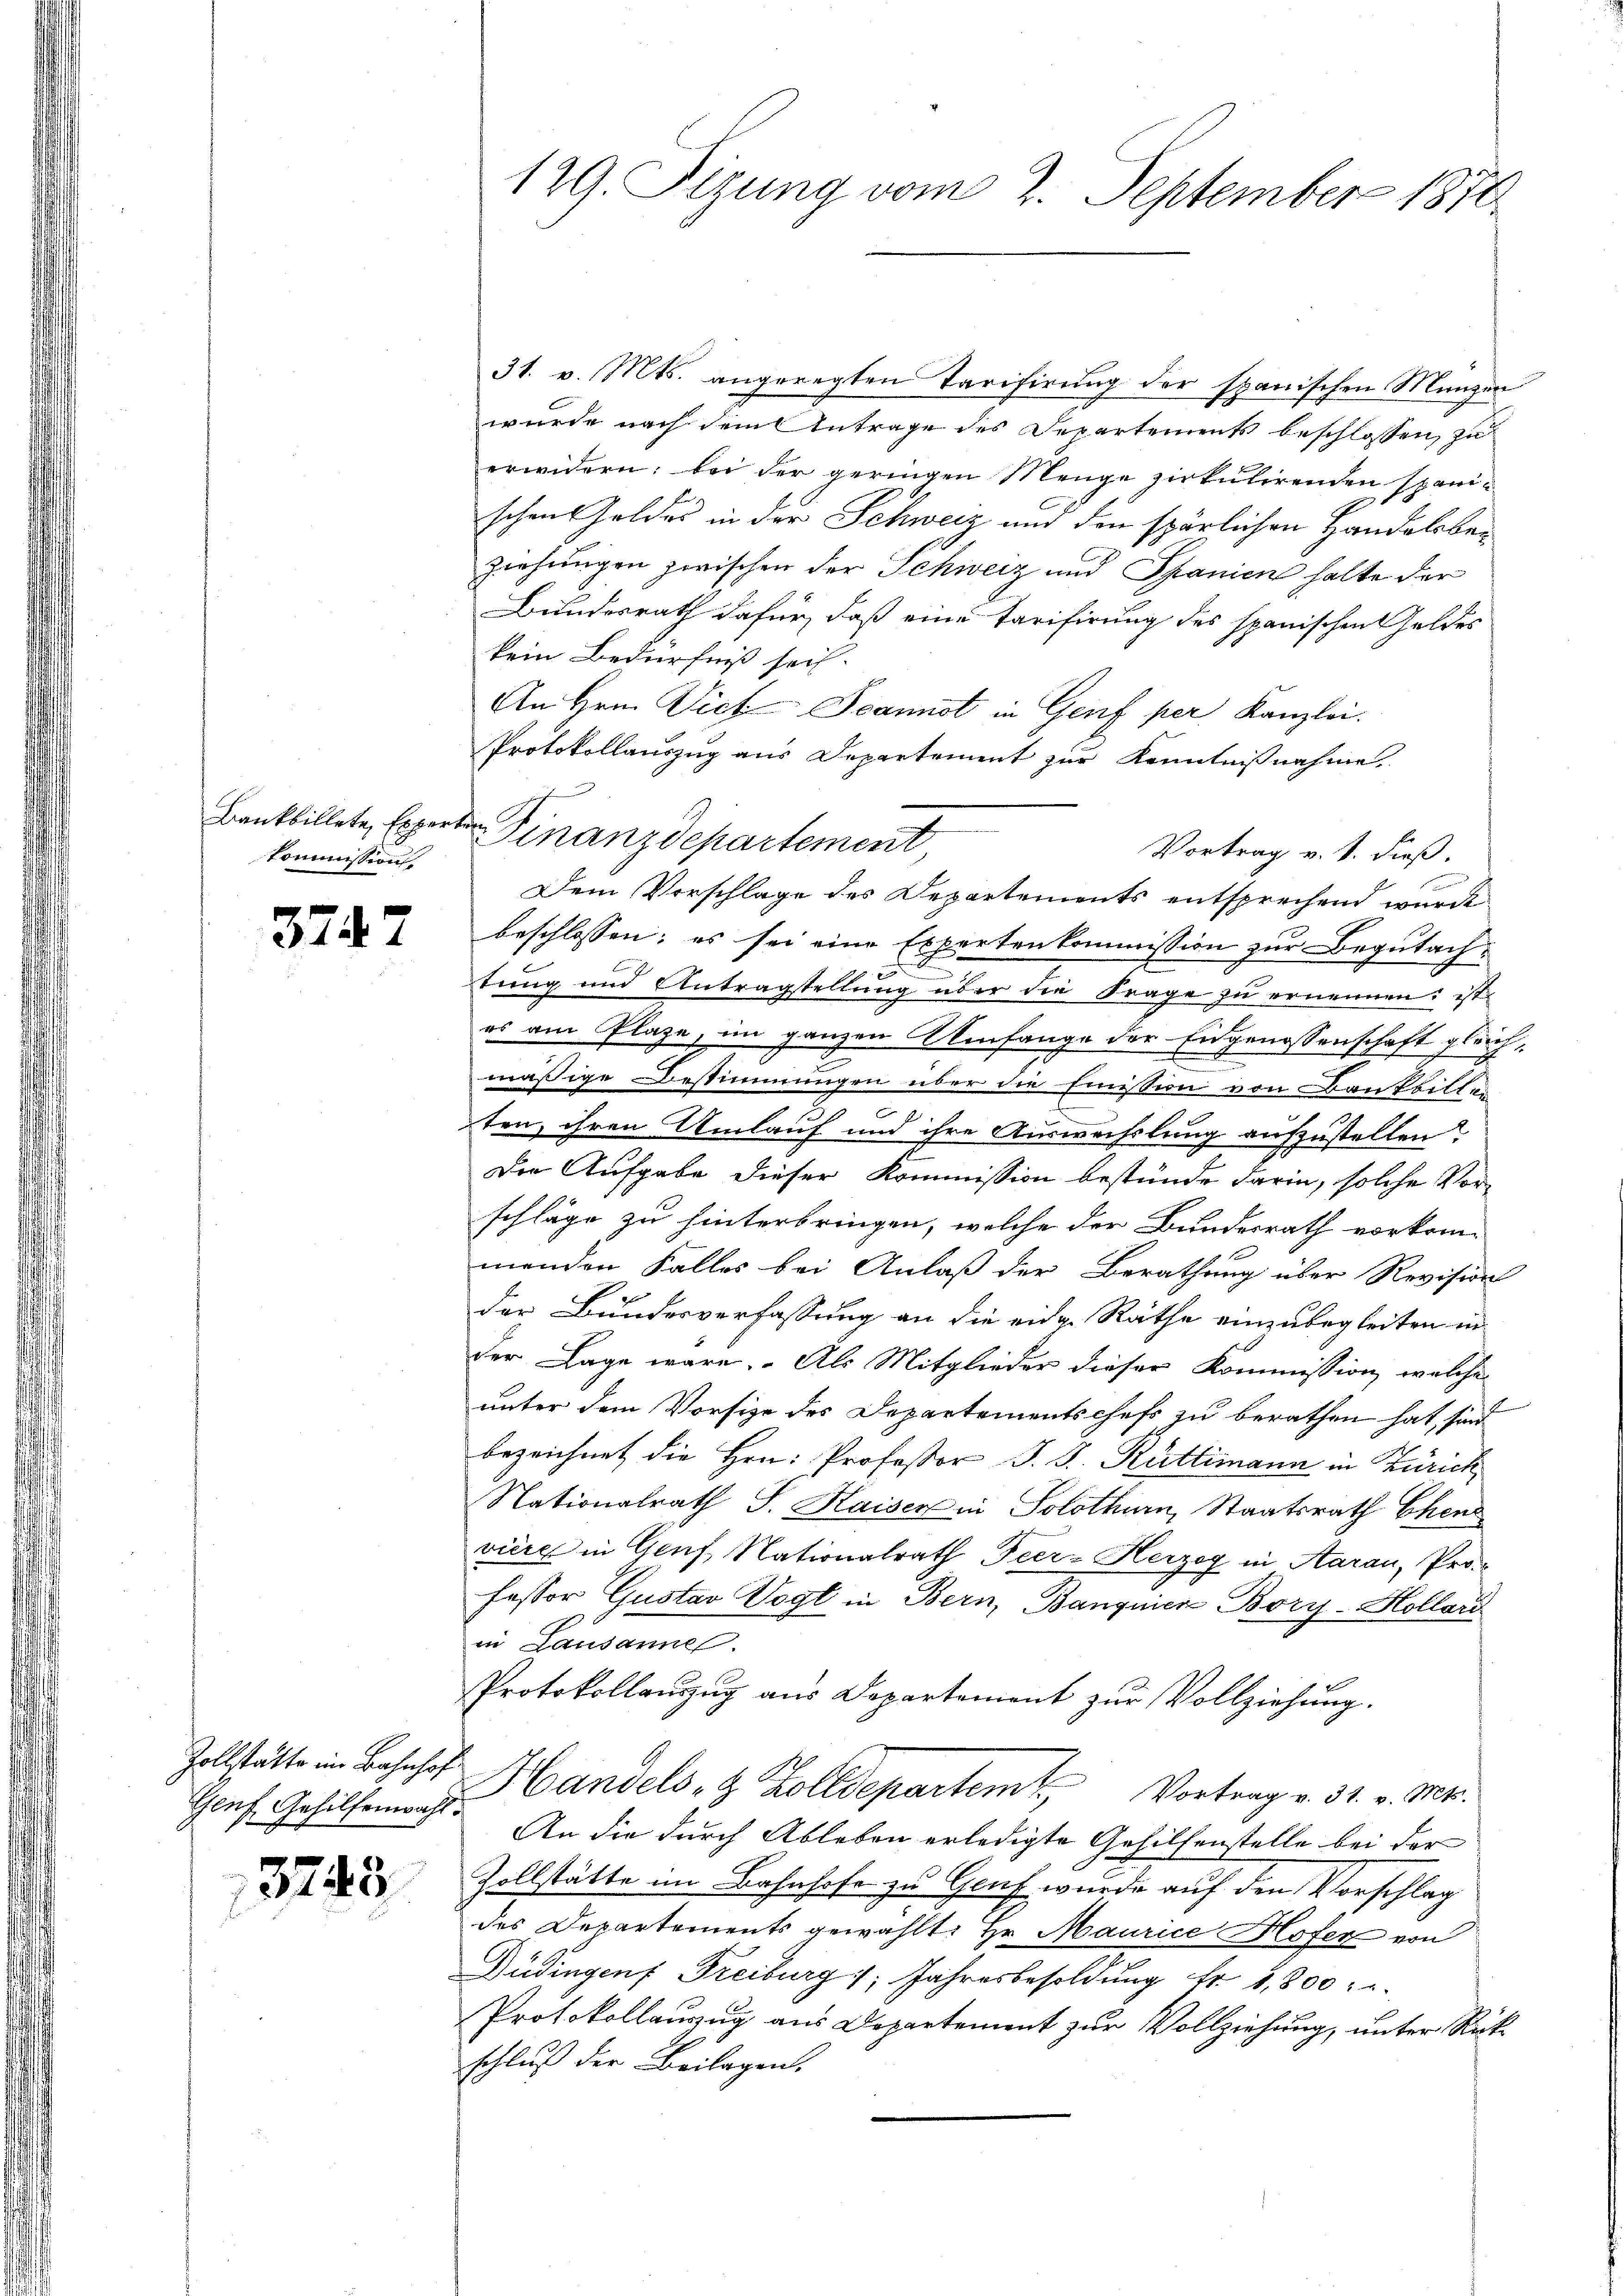
Kommission,

3747

31. v. Mts. angeregten Tarifirung der spanischen Münzen
wurde nach dem Antrage des Departements beschlossen, zu
erwidern: bei der geringen Menge zirkulirenden spani-
schen Goldes in der Schweiz aus den spärlichen Handelsber
ziehungen zwischen der Schweiz und Spanien halte der
Bundesrath dafür, daß eine Tarifirung des spanischen Geldes
kein Bedürfniß sei.
An Hrn. VictSeamist in Genf per Kanzlei.
Protokollauszug aus Departement zur Kenntnißnahme.
Vortrag v. 1. dieß.
Dem Vorschlage des Departements entsprechend wurde
beschlossen; es sei eine Expertenkommission zur Begutachc
tung und Antragstellung über die Frage zu ernennen; ist
es am Plaze, im ganzen Umfange der Eidgenossenschaft gleichd
mäßige Bestimmungen über die Emission von Bankbille
ten, ihren Umlauf und ihre Auswechslung aufzustellen?
Die Aufgabe dieser Kommission bestünde darin, solche Vor-
schläge zu hinterbringen, welche der Bundesrath vorkom-
menden Falles bei Anlaß der Berathung über Revision
der Bundesverfassung an die eidg. Räthe einzubegleiten in
Der Lage wäre. Als Mitglieder dieser Kommission, welche
unter dem Vorsize des Departementschefs zu berathen hat, sind
bezeichnet die Hrn. Professor J. J. Rüttimann in Zürich
Nationalrath J. Kaiser in Solothurn, Staatsrath Ekens
vière in Genf, Nationalrath Peer-Herzog in Aarau, Pro-
fessor Gustav Vogt in Bern, Banquier Bory-Hollori
in Lausanne.
Protokollauszug aus Departement zur Vollziehung.
Handels- & Zolldepartem Vortrag v. 31. v. Mts.
An die durch Ableben erledigte Gehilfenstelle bei der
Zollstätte im Bahnhofe zu Genf wurde auf den Vorschlag
des Departements gewählt: Hr. Maurice Hofer von
Düdingen Freiburg 1. Jahresbesoldung Fr. 1,800.
Protokollauszug aus Departement zur Vollziehung, unter Rück-
schluß der Beilagen.

Zollstätte im Bahnhof
Genf, Gehilfenwahl.

13745.

129. Sizung vom 2. September 1870

f
Bankbillete, Experter Finanzdepartement